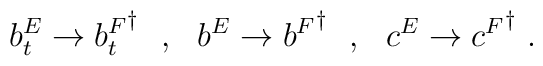
b^E_t\rightarrow {b^F_t}^\dagger \ \ ,\ \ b^E\rightarrow {b^F}^\dagger \ \ ,\ \ c^E\rightarrow {c^F}^\dagger\ .